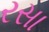
રસા